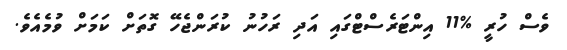
ވެސް ހުރީ %11 އިންޓަރެސްޓްގައި އަދި ރަހުނު ކުރަންޖެހޭ ގޮތަށް ކަމަށް ވުމެއެވެ.